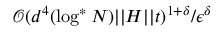
\mathcal { O } ( d ^ { 4 } ( \log ^ { * } N ) \vert \vert H \vert \vert t ) ^ { 1 + \delta } / \epsilon ^ { \delta }